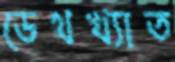
ডেথখ্যাত